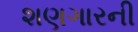
શણગારની